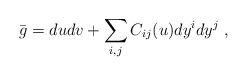
LaTeX: \begin{align*} \bar g = du dv + \sum_{i,j} C_{ij}(u) dy^i dy^j~,\end{align*}